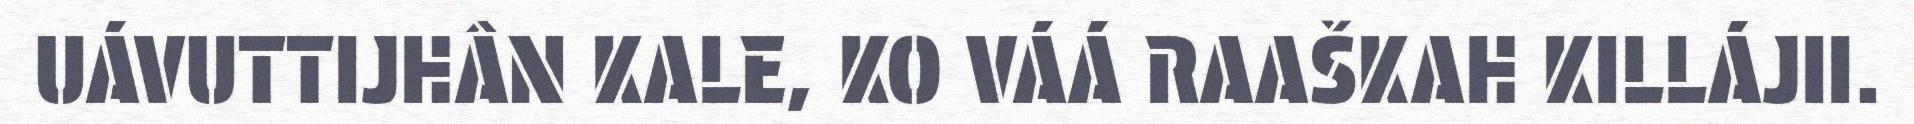
UÁVUTTIJHÂN KALE, KO VÁÁ RAAŠKAH KILLÁJII.